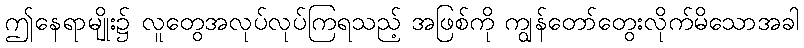
ဤနေရာမျိုး၌ လူတွေအလုပ်လုပ်ကြရသည့် အဖြစ်ကို ကျွန်တော်တွေးလိုက်မိသောအခါ